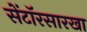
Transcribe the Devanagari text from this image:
सेंटॉरसारखा